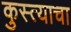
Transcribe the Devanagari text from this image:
कुस्त्याचा